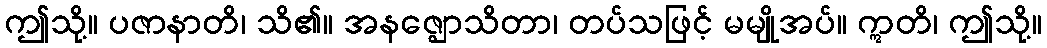
ဤသို့။ ပဇာနာတိ၊ သိ၏။ အနဇ္ဈောသိတာ၊ တပ်သဖြင့် မမျိုအပ်။ ဣတိ၊ ဤသို့။